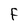
Character: F